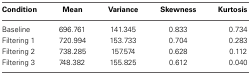
<table><thead><tr><td><b>Condition</b></td><td><b>Mean</b></td><td><b>Variance</b></td><td><b>Skewness</b></td><td><b>Kurtosis</b></td></tr></thead><tbody><tr><td>Baseline</td><td>696.761</td><td>141.345</td><td>0.833</td><td>0.734</td></tr><tr><td>Filtering 1</td><td>720.994</td><td>153.733</td><td>0.704</td><td>0.283</td></tr><tr><td>Filtering 2</td><td>738.285</td><td>157.574</td><td>0.628</td><td>0.112</td></tr><tr><td>Filtering 3</td><td>748.382</td><td>155.825</td><td>0.612</td><td>0.040</td></tr></tbody></table>